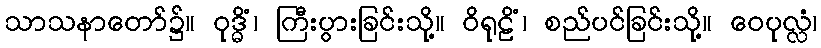
သာသနာတော်၌။ ဝုဒ္ဓိံ၊ ကြီးပွားခြင်းသို့။ ဝိရုဠိံ၊ စည်ပင်ခြင်းသို့။ ဝေပုလ္လံ၊